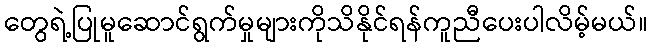
တွေရဲ့ပြုမူဆောင်ရွက်မှုများကိုသိနိုင်ရန်ကူညီပေးပါလိမ့်မယ်။